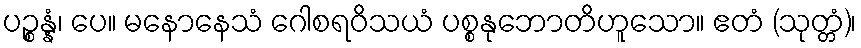
ပဉ္စန္နံ၊ ပေ။ မနောနေသံ ဂေါစရဝိသယံ ပစ္စနုဘောတိဟူသော။ ဧတံ (သုတ္တံ)၊